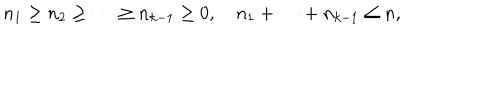
LaTeX: n _ { 1 } \geq n _ { 2 } \geq \cdots \geq n _ { k - 1 } \geq 0 , ~ n _ { 1 } + \cdots + n _ { k - 1 } \leq n ,